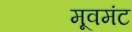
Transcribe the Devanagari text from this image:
मूवमंट